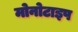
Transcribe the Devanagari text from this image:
मोनोटाइप